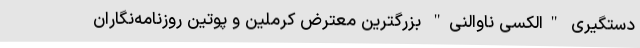
دستگیری "الکسی ناوالنی" بزرگترین معترض کرملین و پوتین روزنامه‌نگاران